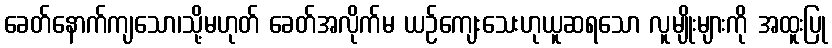
ခေတ်နောက်ကျသော၊သို့မဟုတ် ခေတ်အလိုက်မ ယဉ်ကျေးသေးဟုယူဆရသော လူမျိုးများကို အထူးပြု